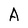
Character: A